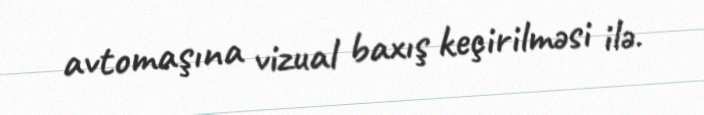
avtomaşına vizual baxış keçirilməsi ilə.